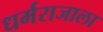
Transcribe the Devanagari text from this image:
धर्मराजाला